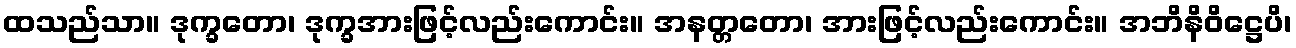
ထသည်သာ။ ဒုက္ခတော၊ ဒုက္ခအားဖြင့်လည်းကောင်း။ အနတ္တတော၊ အားဖြင့်လည်းကောင်း။ အဘိနိဝိဋ္ဌေပိ၊